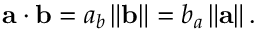
\mathbf { a } \cdot \mathbf { b } = a _ { b } \left\| \mathbf { b } \right\| = b _ { a } \left\| \mathbf { a } \right\| .